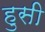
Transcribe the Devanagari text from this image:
हुसी